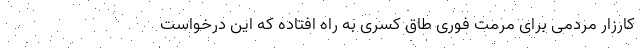
کارزار مردمی برای مرمت فوری طاق کسری به راه افتاده که این درخواست